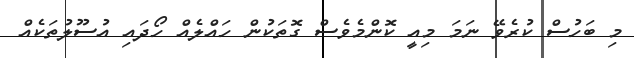
މި ބަހުސް ކުރެވޭ ނަމަ މިއީ ކޮންމެވެސް ގޮތަކުން ހައްލެއް ހޯދައި އުސޫލުތަކެއް